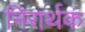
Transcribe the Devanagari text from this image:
निरार्थक